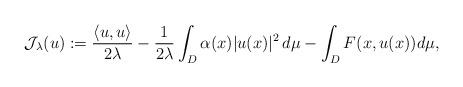
LaTeX: \begin{align*}\begin{aligned}\mathcal J_\lambda(u)& :=\frac{\langle u,u \rangle}{2\lambda}-\frac{1}{2\lambda}\int_D {\alpha(x)}|u(x)|^{2}\,d\mu-\int_D F(x, u(x))d\mu,\end{aligned}\end{align*}